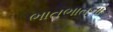
ભાતભાતના